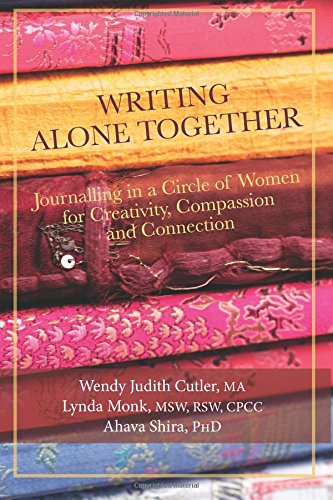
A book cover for Writing Alone Together: Journalling in a Circle of Women for Creativity, Compassion and Connection; Ahava Shira PhD; Literature & Fiction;